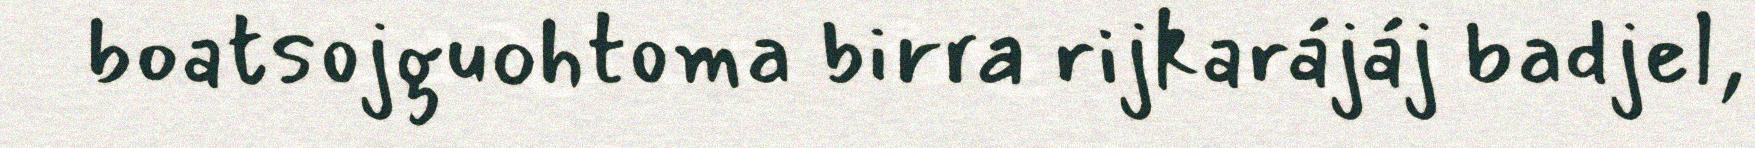
boatsojguohtoma birra rijkarájáj badjel,